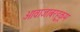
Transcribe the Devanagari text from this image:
आवाजाबरहुकूम